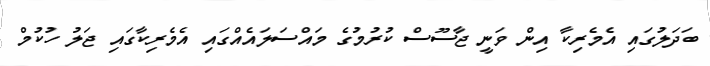
ބަދަލުގައި އެމެރިކާ އިން ވަނީ ޖާސޫސް ކުރުމުގެ މައްސަލައެއްގައި އެމެރިކާގައި ޖަލު ހުކުމް